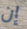
إن